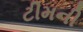
ટીમની